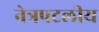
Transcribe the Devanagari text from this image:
नेत्रपटलीय